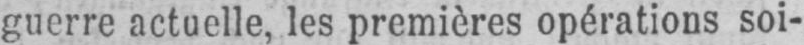
guerre actuelle, les premières opérations soi-